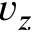
v _ { z }